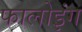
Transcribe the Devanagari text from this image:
फालोइंग